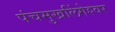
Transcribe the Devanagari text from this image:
पंचमुखलिंगेश्‍वर